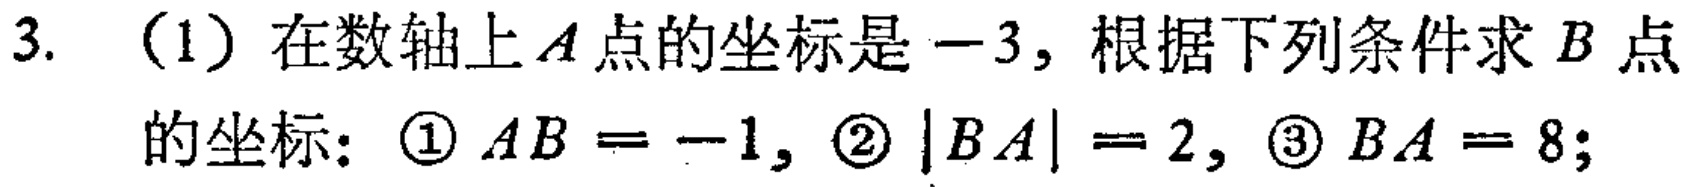
3. （1）在数轴上\(A\)点的坐标是\(-3\)，根据下列条件求\(B\)点的坐标：\textcircled{1}\(AB = -1\)，\textcircled{2}\(\vert BA\vert = 2\)，\textcircled{3}\(BA = 8\)；